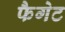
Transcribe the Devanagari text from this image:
फैगेट